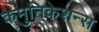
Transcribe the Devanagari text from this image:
कमुनिकेशन्स